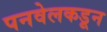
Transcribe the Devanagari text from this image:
पनवेलकडून